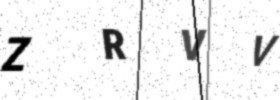
Text: ZRVV